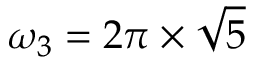
\omega _ { 3 } = 2 \pi \times \sqrt { 5 }